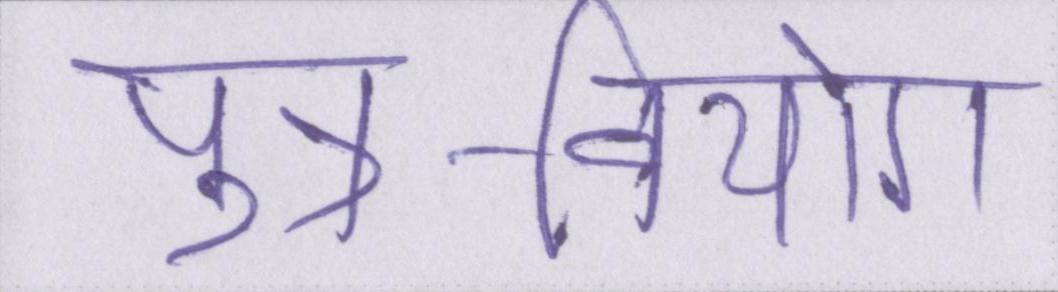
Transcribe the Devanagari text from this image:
पुत्र-वियोग